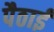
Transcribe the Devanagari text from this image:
पैठाई